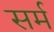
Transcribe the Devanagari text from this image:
सर्म